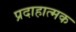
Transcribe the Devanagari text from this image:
प्रदाहात्मक